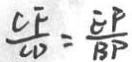
\frac { C F } { C D } = \frac { E P } { B P }